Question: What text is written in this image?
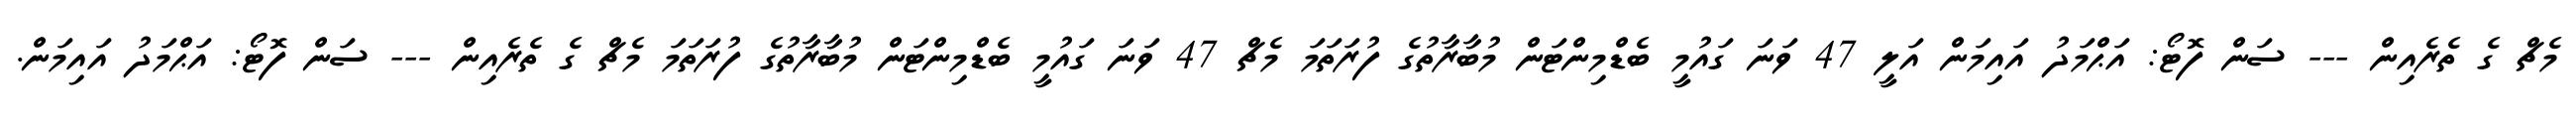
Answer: މެޗް ގެ ތެރެއިން --- ސަން ފޮޓޯ: އަޙްމަދު އައިމަން އަލީ 47 ވަނަ ގައުމީ ބެޑްމިންޓަން މުބާރާތުގެ ފުރަތަމަ މެޗް 47 ވަނަ ގައުމީ ބެޑްމިންޓަން މުބާރާތުގެ ފުރަތަމަ މެޗް ގެ ތެރެއިން --- ސަން ފޮޓޯ: އަޙްމަދު އައިމަން.